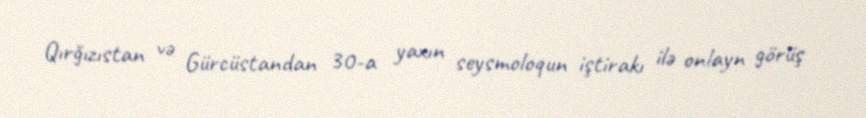
Qırğızıstan və Gürcüstandan 30-a yaxın seysmoloqun iştirakı ilə onlayn görüş